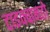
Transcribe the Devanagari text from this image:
टाइक्वानडो